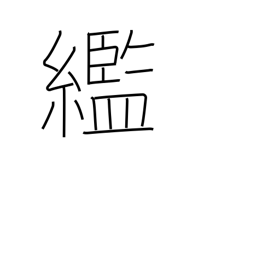
Meaning: rags